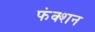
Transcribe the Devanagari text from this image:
फंक्‍शन